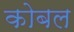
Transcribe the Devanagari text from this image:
कोबल